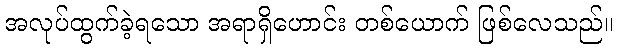
အလုပ်ထွက်ခဲ့ရသော အရာရှိဟောင်း တစ်ယောက် ဖြစ်လေသည်။